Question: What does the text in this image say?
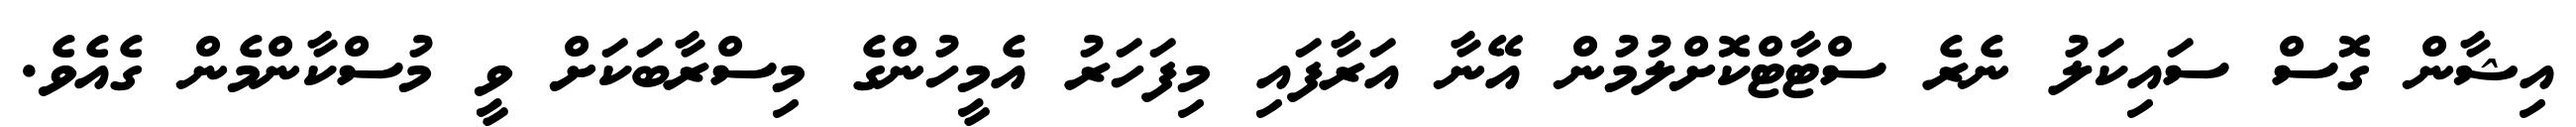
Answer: އިޝާން ގޮސް ސައިކަލު ނެރެ ސްޓާޓްކޮށްލުމުން އޭނާ އަރާފައި މިފަހަރު އެމީހުންގެ މިސްރާބަކަށް ވީ މުސްކާންމެން ގެއެވެ.